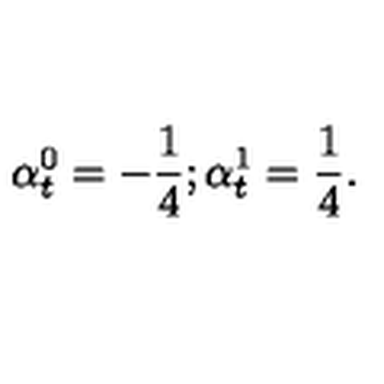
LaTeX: \alpha _ { t } ^ { 0 } = - { \frac { 1 } { 4 } } ; \alpha _ { t } ^ { 1 } = { \frac { 1 } { 4 } } .